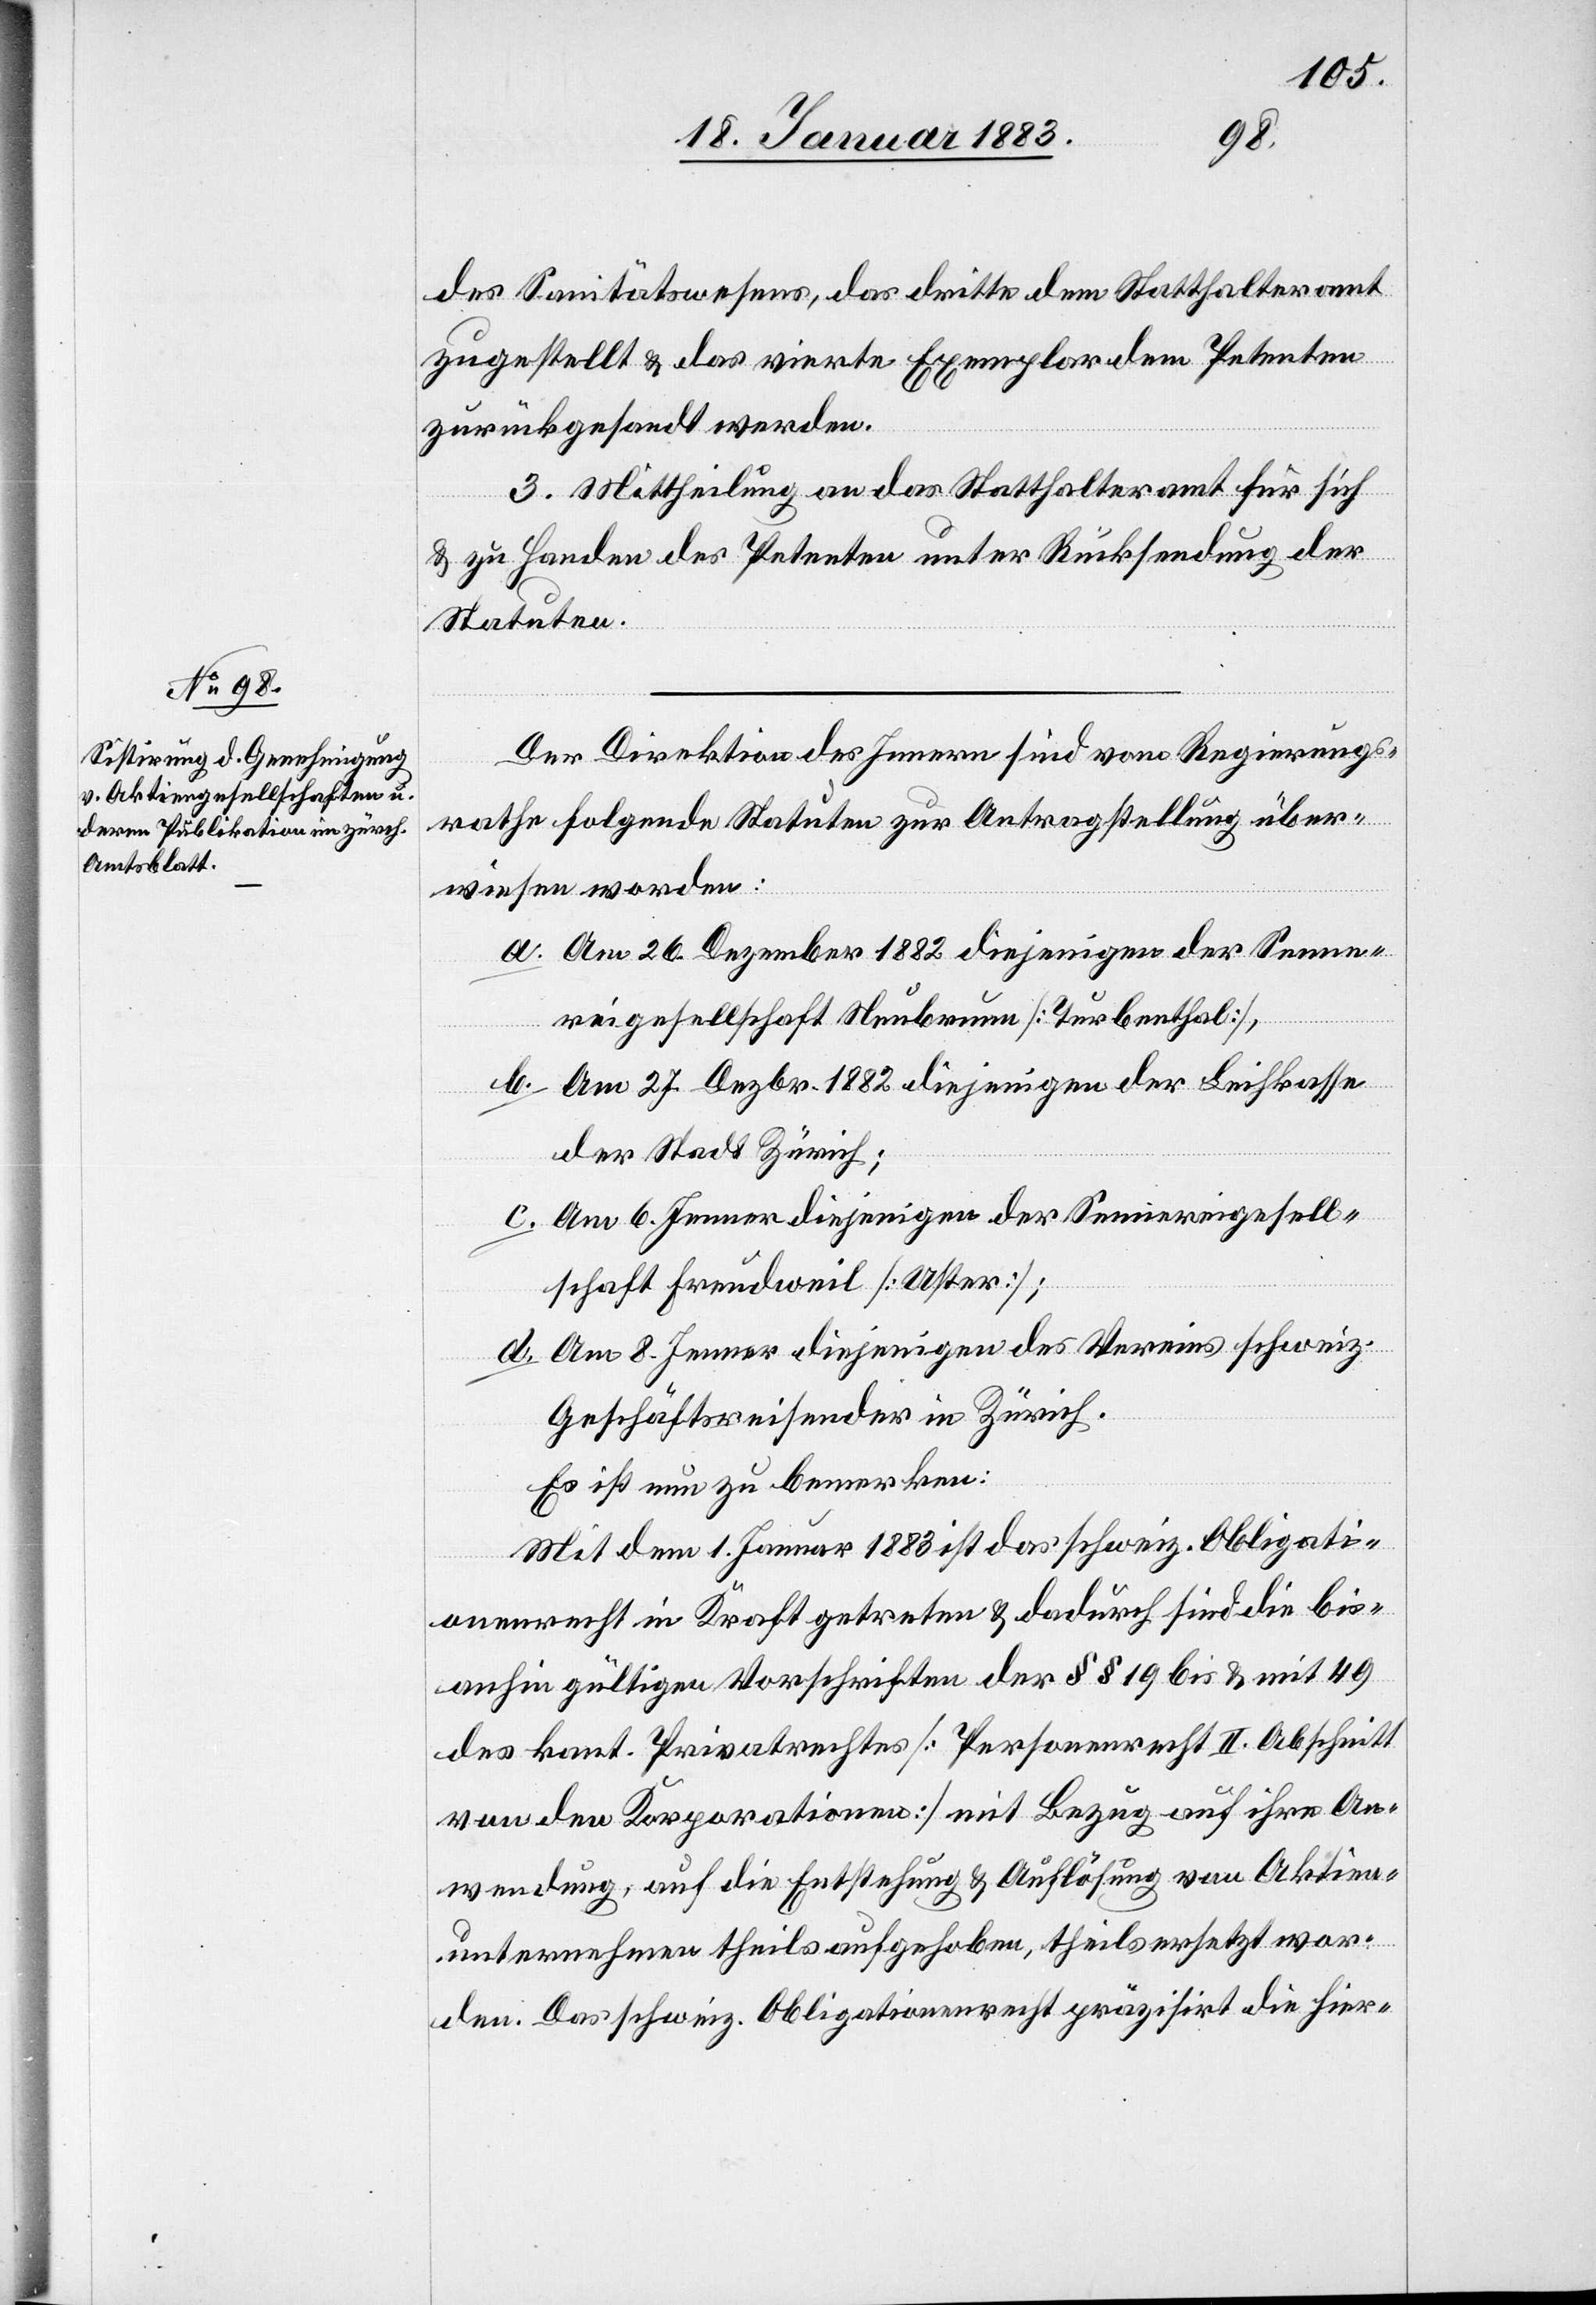
des Sanitätswesens, das dritte dem Statthalteramt
zugestellt werden & das vierte Exemplar dem Petenten
zurückgesandt werden.
3. Mittheilung an das Statthalteramt für sich
& zu Handen des Petenten unter Rücksendung der
Statuten.
Der Direktion des Innern sind vom Regierungs¬
rathe folgende Statuten zur Antragstellung über¬
wiesen worden:
a. Am 26. Dezember 1882 diejenigen der Senne¬
reigesellschaft Neubrunn [Turbenthal],
b. Am 27. Dezbr. 1882 diejenigen der Leihkasse
der Stadt Zürich;
c. Am 6. Jenner diejenigen der Sennereigesell¬
schaft Freudwil [Uster];
d. Am 8. Jenner diejenigen des Vereins schweiz.
Geschäftsreisender in Zürich.
Es ist nun zu bemerken:
Mit dem 1. Januar 1883 ist das schweiz. Obligati¬
onenrecht in Kraft getreten & dadurch sind die bis¬
anhin gültigen Vorschriften der §§ 19 bis & mit 49
des kant. Privatrechtes [Personenrecht II. Abschnitt
von den Korporationen] mit Bezug auf ihre An¬
wendung, auf die Entstehung & Auflösung von Aktien¬
unternehmen theils aufgehoben, theils ersetzt wor¬
den. Das schweiz. Obligationenrecht präzisirt die hier-